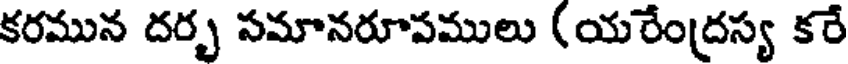
కరమున దర్భ సమానరూపములు (యరేంద్రస్య కరే